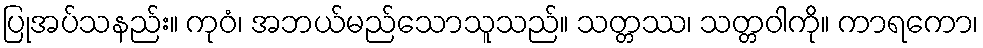
ပြုအပ်သနည်း။ ကုဝံ၊ အဘယ်မည်သောသူသည်။ သတ္တဿ၊ သတ္တဝါကို။ ကာရကော၊